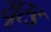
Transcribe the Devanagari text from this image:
यूस्ड